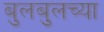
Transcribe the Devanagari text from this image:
बुलबुलच्या